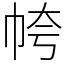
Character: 㡁